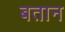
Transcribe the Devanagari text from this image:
बतान